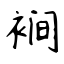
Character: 裥